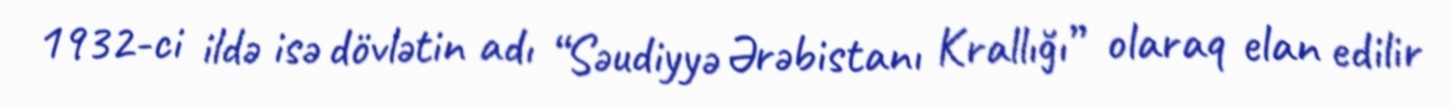
1932-ci ildə isə dövlətin adı “Səudiyyə Ərəbistanı Krallığı” olaraq elan edilir